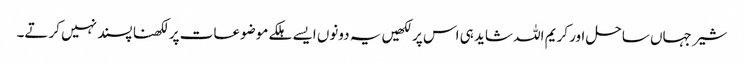
شیر جہاں ساحل اور کریم اللہ شاید ہی اس پر لکھیں یہ دونوں ایسے ہلکے موضوعات پر لکھنا پسند نہیں کرتے۔